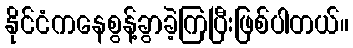
နိုင်ငံကနေစွန့်ခွာခဲ့ကြပြီးဖြစ်ပါတယ်။